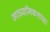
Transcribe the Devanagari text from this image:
माध्यमिकशाळा